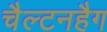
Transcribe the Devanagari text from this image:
चैल्टनहैग